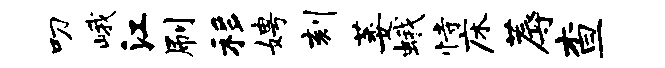
叨峨江刷移娉刻萎蛾恃床蓐查